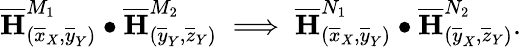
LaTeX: \mathbf{\overline{{H}}}_{(\overline{{x}}_{X},\overline{{y}}_{Y})}^{M_{1}}\bullet\mathbf{\overline{{H}}}_{({\overline{{y}}_{Y}},\overline{{z}}_{Y})}^{M_{2}}\implies\mathbf{\overline{{H}}}_{(\overline{{x}}_{X},\overline{{y}}_{Y})}^{N_{1}}\bullet\mathbf{\overline{{H}}}_{(\overline{{y}}_{X},\overline{{z}}_{Y})}^{N_{2}}.